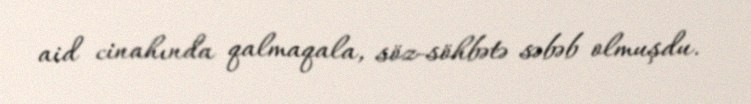
aid cinahında qalmaqala, söz-söhbətə səbəb olmuşdu.